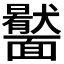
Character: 𩉎